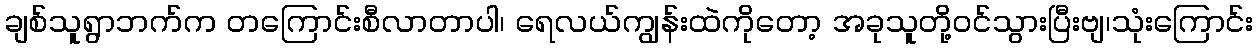
ချစ်သူရွာဘက်က တကြောင်းစီလာတာပါ၊ ရေလယ်ကျွန်းထဲကိုတော့ အခုသူတို့ဝင်သွားပြီးဗျ၊သုံးကြောင်း